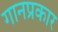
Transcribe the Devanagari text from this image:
गानप्रकार